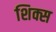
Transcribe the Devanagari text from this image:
शिक्स